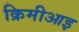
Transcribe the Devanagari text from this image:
क्रिमीआइ